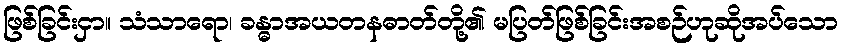
ဖြစ်ခြင်းငှာ။ သံသာရော၊ ခန္ဓာအယတနဓာတ်တို့၏ မပြတ်ဖြစ်ခြင်းအစဉ်ဟုဆိုအပ်သော